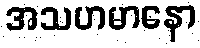
အသဟမာနော